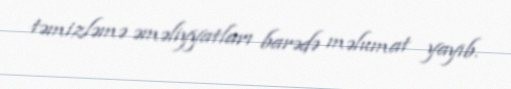
təmizləmə əməliyyatları barədə məlumat yayıb.